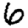
Digit: 6